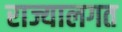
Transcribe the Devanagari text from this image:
राज्यालगत